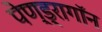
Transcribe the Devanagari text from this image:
पेण्ड्रागॉन